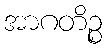
အာဂတိဉ္စ